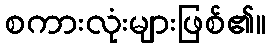
စကားလုံးများဖြစ်၏။